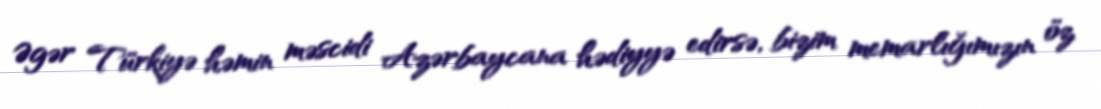
Əgər Türkiyə həmin məscidi Azərbaycana hədiyyə edirsə, bizim memarlığımızın öz